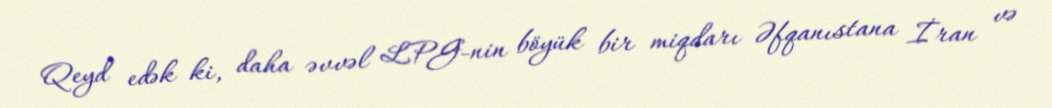
Qeyd edək ki, daha əvvəl LPG-nin böyük bir miqdarı Əfqanıstana İran və